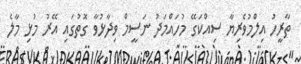
ތާރީހު އިލްމުވެރިޔާ ސިއްކަގޭ މުހައްމަދު ނަސީމް ވިދާޅުވާ ގޮތުގައި އޭރު މުޅި މާލެ